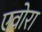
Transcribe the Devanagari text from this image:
एवोरा